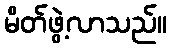
မိတ်ဖွဲ့လာသည်။